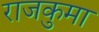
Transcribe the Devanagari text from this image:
राजकुमा